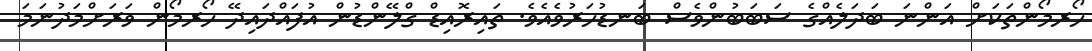
ހޯރމޯންތަކަށް އަންނަ ބަދަލެއްގެ ސަބަބުންވެސް ބަނޑުހަރުވެއެވެ. ތައިރޮއިޑް ގްލޭންޑުން އުފައްދައިދޭ ހޯރމޯން ވަރަށްމަދުނަމަ